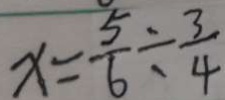
x = \frac { 5 } { 6 } \div \frac { 3 } { 4 }